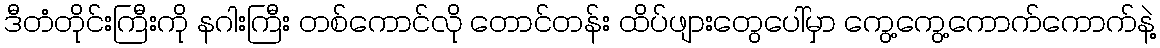
ဒီတံတိုင်းကြီးကို နဂါးကြီး တစ်ကောင်လို တောင်တန်း ထိပ်ဖျားတွေပေါ်မှာ ကွေ့ကွေ့ကောက်ကောက်နဲ့